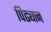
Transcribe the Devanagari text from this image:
पिढ्यान